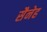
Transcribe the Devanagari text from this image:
सैनेह